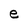
Character: e